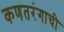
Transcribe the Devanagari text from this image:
कणतरंगाची